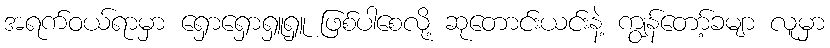
အရက်ဝယ်ရာမှာ ရှောရှောရှူရှူ ဖြစ်ပါစေလို့ ဆုတောင်းယင်းနဲ့ ကျွန်တော့်ခမျာ လူမှာ